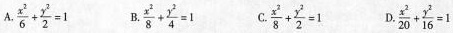
A.$$\frac{x^{2}}{6}+ \frac{y^{2}}{2}=1$$ B.$$\frac{x^{2}}{8}+ \frac{y^{2}}{4}=1$$ C.$$\frac{x^{2}}{8}+ \frac{y^{2}}{2}=1$$ D.$$\frac{x^{2}}{20}+ \frac{y^{2}}{16}=1$$